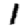
Digit: 1